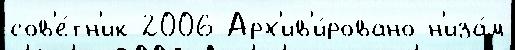
сов'е́тн'ик 2006 Арх'ив'и́ровано н'иза́м